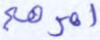
أمرهم